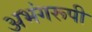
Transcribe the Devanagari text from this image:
अभंगरूपी